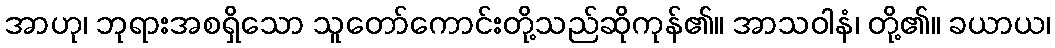
အာဟု၊ ဘုရားအစရှိသော သူတော်ကောင်းတို့သည်ဆိုကုန်၏။ အာသဝါနံ၊ တို့၏။ ခယာယ၊